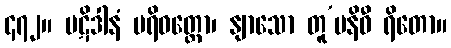
၄၇၂။ ပဋိဒါနံ ပရိဝတ္တော၊ နျာသော တူ’ပနိဓီ ရိတော။